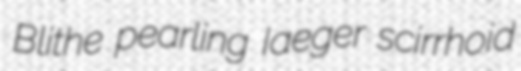
Blithe pearling Iaeger scirrhoid